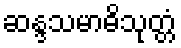
ဆန္ဒသမာဓိသုတ္တံ